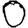
Digit: 0